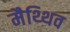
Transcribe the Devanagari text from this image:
मैथ्थिव